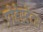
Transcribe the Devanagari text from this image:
प्रोटेस्टेंटस